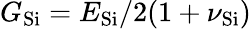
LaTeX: G_{\mathrm{Si}}=E_{\mathrm{Si}}/2(1+\nu_{\mathrm{Si}})